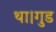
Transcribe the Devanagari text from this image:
था।गुड